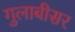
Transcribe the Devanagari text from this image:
गुलाबीसर